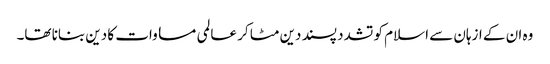
وہ ان کے ازہان سے اسلام کو تشدد پسند دین مٹا کر عالمی مساوات کا دین بنانا تھا۔